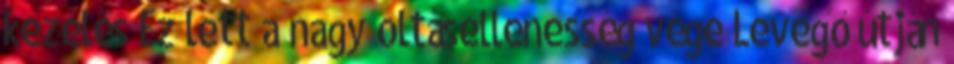
kezelés Ez lett a nagy oltásellenesség vége Levegő útján